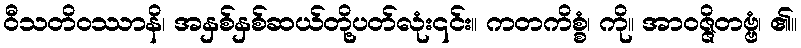
ဝီသတိဝဿာနိ၊ အနှစ်နှစ်ဆယ်တို့ပတ်လုံး၎င်း။ ကတကိစ္စံ၊ ကို။ အာဝဇ္ဇိတဗ္ဗံ၊ ၏။